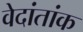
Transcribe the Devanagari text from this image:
वेदांतांक